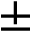
\pm